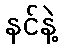
နင်နဲ့